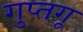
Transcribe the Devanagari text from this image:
गुप्तगू